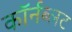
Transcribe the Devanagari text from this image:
कॉर्नब्लट